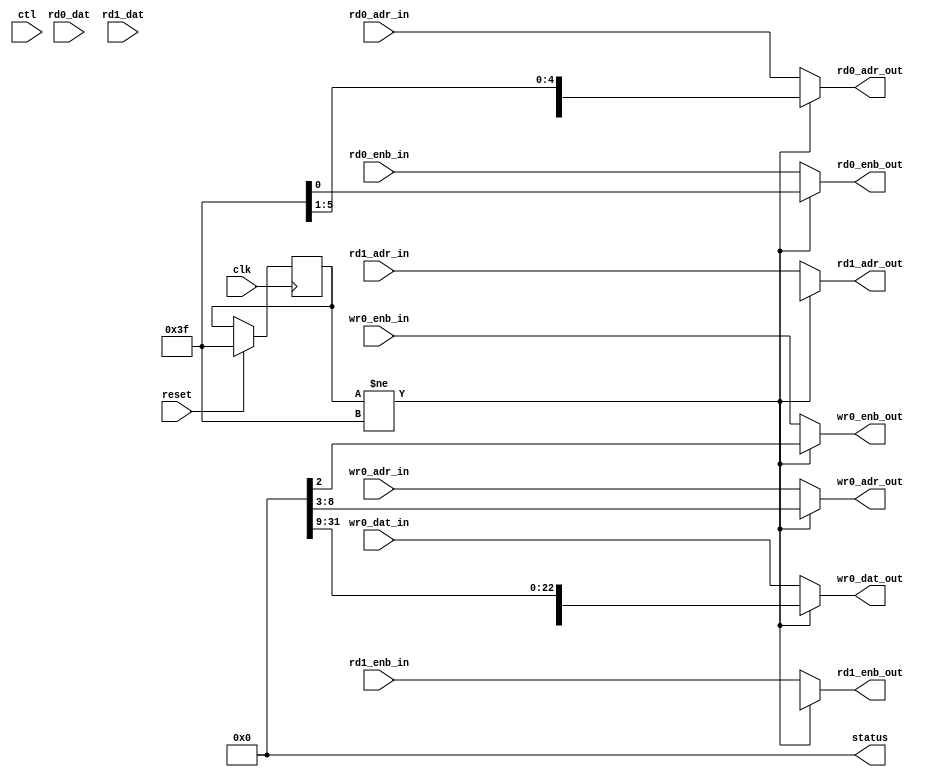
//  IBM Corp. 2021
// Licensed under the Apache License, Version 2.0 (the "License"), as modified by the terms below; you may not use the files in this
// repository except in compliance with the License as modified.
// You may obtain a copy of the License at http://www.apache.org/licenses/LICENSE-2.0
//
// Modified Terms:
//
//   1)	For the purpose of the patent license granted to you in Section 3 of the License, the "Work" hereby includes implementations of
//   the work of authorship in physical form.
//
// Unless required by applicable law or agreed to in writing, the reference design distributed under the License is distributed on an
// "AS IS" BASIS, WITHOUT WARRANTIES OR CONDITIONS OF ANY KIND, either express or implied. See the License for the specific language
// governing permissions and limitations under the License.
//
// Brief explanation of modifications:
//
// Modification 1: This modification extends the patent license to an implementation of the Work in physical form  i.e.,
// it unambiguously permits a user to make and use the physical chip.


// Local BIST for arrays
// Pass array inputs through, or generate locally for test/manual access.
// May want status_valid, ctl_valid sigs.
// Want separate cmds for enter/exit functional?
// ctl:
//    00000000 - functional mode
//    800000aa - read adr aa
//    900000aa - write adr aa (next 3 cycs are data)
//    F00000tt - run bist test tt
//
// status:
//
//

`timescale 1 ns / 1 ns

module ra_bist (

    clk,
    reset,
    ctl,
    status,
    rd0_enb_in,
    rd0_adr_in,
    rd1_enb_in,
    rd1_adr_in,
    wr0_enb_in,
    wr0_adr_in,
    wr0_dat_in,
    rd0_enb_out,
    rd0_adr_out,
    rd0_dat,
    rd1_enb_out,
    rd1_adr_out,
    rd1_dat,
    wr0_enb_out,
    wr0_adr_out,
    wr0_dat_out

);

   parameter GENMODE = 0;	        // 0=NoDelay, 1=Delay

   input          clk;
   input          reset;
   input  [31:0]  ctl;

   input          rd0_enb_in;
   input  [5:0]   rd0_adr_in;
   input          rd1_enb_in;
   input  [5:0]   rd1_adr_in;
   input          wr0_enb_in;
   input  [5:0]   wr0_adr_in;
   input  [71:0]  wr0_dat_in;

   output [31:0]  status;
   output         rd0_enb_out;
   output [5:0]   rd0_adr_out;
   input  [71:0]  rd0_dat;
   output         rd1_enb_out;
   output [5:0]   rd1_adr_out;
   input  [71:0]  rd1_dat;
   output         wr0_enb_out;
   output [5:0]   wr0_adr_out;
   output [71:0]  wr0_dat_out;

   reg    [5:0]   seq_q;
   wire   [5:0]   seq_d;
   wire           active;
   wire           bist_rd0_enb;
   wire   [5:0]   bist_rd0_adr;
   wire           bist_rd1_enb;
   wire   [5:0]   bist_rd1_adr;
   wire           bist_wr0_enb;
   wire   [5:0]   bist_wr0_adr;
   wire   [71:0]  bist_wr0_dat;

   // ff
   always @ (posedge clk) begin
      if (reset)
         seq_q <= 6'h3F;
      else
         seq_q <= seq_d;
   end

   // do something
   assign seq_d = seq_q;
   assign active = seq_q != 6'h3F;
   assign status = 0;

   // outputs
   assign rd0_enb_out = (active) ? bist_rd0_enb : rd0_enb_in;
   assign rd0_adr_out = (active) ? bist_rd0_adr : rd0_adr_in;
   assign rd1_enb_out = (active) ? bist_rd1_enb : rd1_enb_in;
   assign rd1_adr_out = (active) ? bist_rd1_adr : rd1_adr_in;
   assign wr0_enb_out = (active) ? bist_wr0_enb : wr0_enb_in;
   assign wr0_adr_out = (active) ? bist_wr0_adr : wr0_adr_in;
   assign wr0_dat_out = (active) ? bist_wr0_dat : wr0_dat_in;
   //assign rd0_dat = (active) ? haven't done anything here yet

endmodule